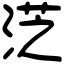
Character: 𣷸